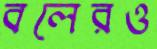
বলেরও